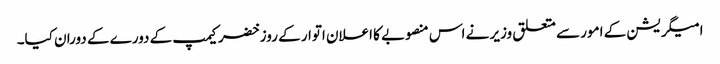
امیگریشن کے امور سے متعلق وزیر نے اس منصوبے کا اعلان اتوار کے روز خضر کیمپ کے دورے کے دوران کیا۔